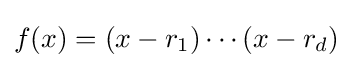
f(x)=(x-r_{1})\cdots (x-r_{d})